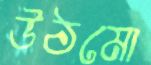
উঠমো